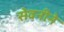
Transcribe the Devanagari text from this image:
सेवनीने